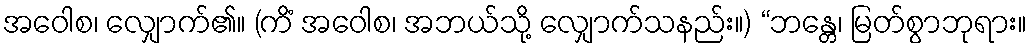
အဝေါစ၊ လျှောက်၏။ (ကိံ အဝေါစ၊ အဘယ်သို့ လျှောက်သနည်း။) “ဘန္တေ၊ မြတ်စွာဘုရား။